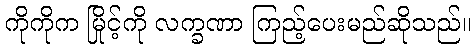
ကိုကိုက မြိုင့်ကို လက္ခဏာ ကြည့်ပေးမည်ဆိုသည်။